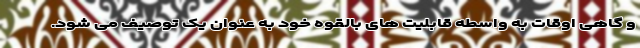
و گاهی اوقات به واسطه قابلیت های بالقوه خود به عنوان یک توصیف می شود.